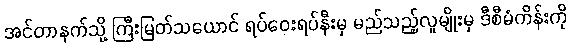
အင်တာနက်သို့ ကြီးမြတ်သယောင် ရပ်ဝေးရပ်နီးမှ မည်သည့်လူမျိုးမှ ဒီစီမံကိန်းကို